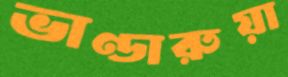
ভাণ্ডারুয়া